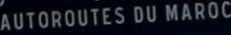
AUTOROUTES DU MAROC